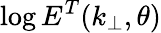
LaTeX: \log E^{T}(k_{\perp},\theta)